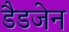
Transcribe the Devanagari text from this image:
डैडजेन